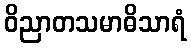
ဝိညာတသမာဓိသာရံ